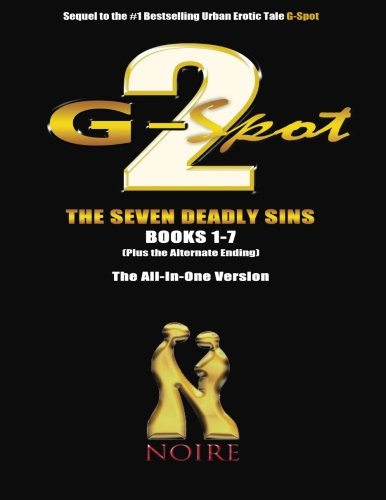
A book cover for G-Spot 2: The Seven Deadly Sins; Noire; Romance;